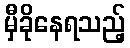
မှီခိုနေရသည့်